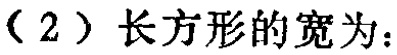
（2）长方形的宽为：